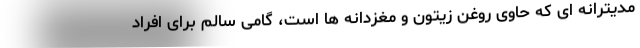
مدیترانه ای که حاوی روغن زیتون و مغزدانه ها است، گامی سالم برای افراد